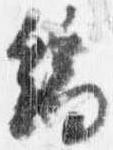
端